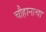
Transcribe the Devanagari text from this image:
चौहानाचा